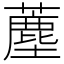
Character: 薼